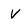
Character: v